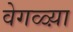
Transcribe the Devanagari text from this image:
वेगळ्य़ा